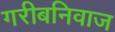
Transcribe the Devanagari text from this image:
गरीबनिवाज